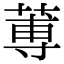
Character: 蒪